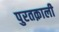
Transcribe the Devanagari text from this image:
पुरतक़ाली